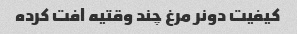
کیفیت دونر مرغ چند وقتیه افت کرده